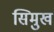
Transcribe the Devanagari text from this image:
सिमुख